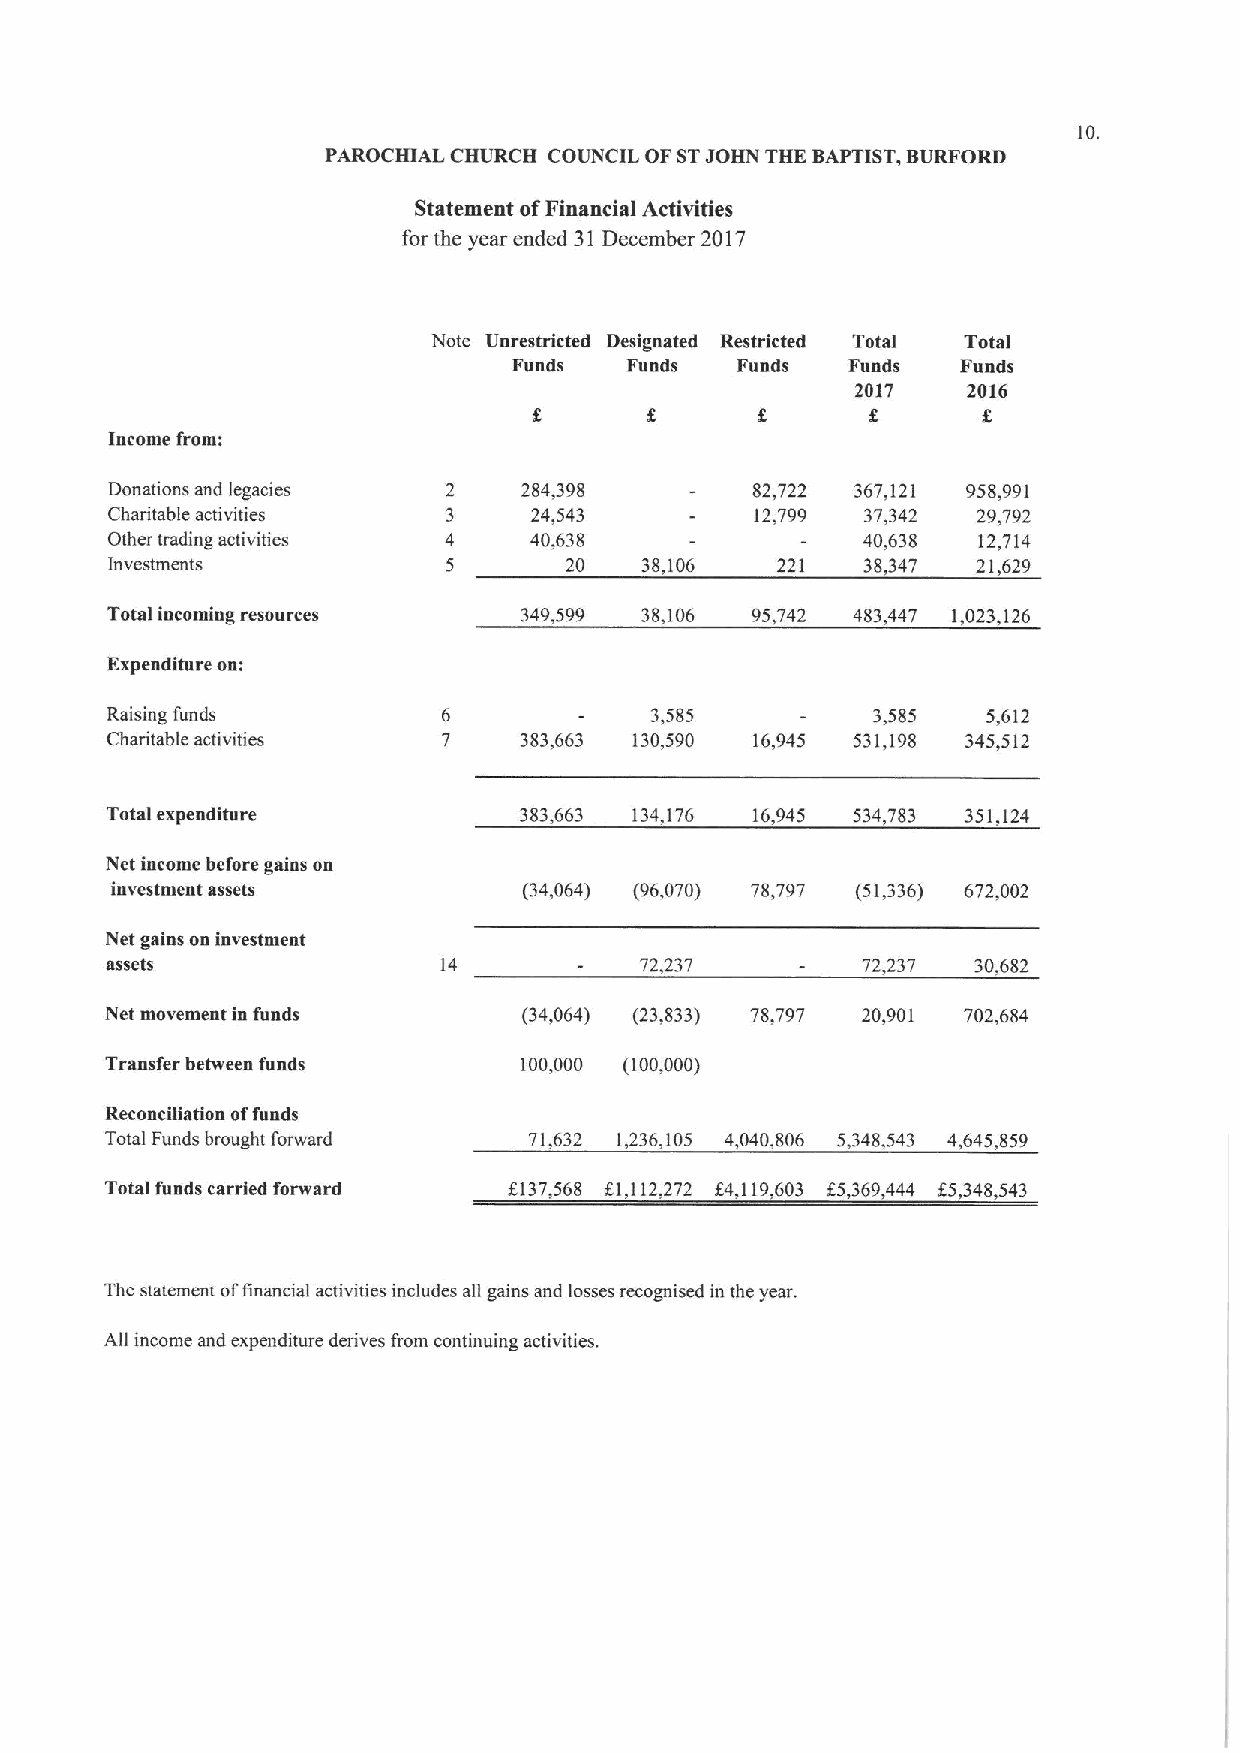
10.
 PAROCHIAL CHURCH COUNCIL OFSTJOHN THE BAPTIST,BURFORD
 Statement ofFinancial Activities
 for the year ended 31December 2017
 Note Unrestricted Designated Restricted Total Total
 Funds  Funds   Funds  Funds   Funds
 2017   2016
 f
 Income from:
 Donations and legacies 2    284,398        82,722 367,121 958,991
 Charitable activities 3     24,543         12,799 37,342  29,792
 Other trading activities 4  40,638                40,638  12,714
 Investments           5       20   38,106   221   38,347  21,629
 Total incoming resources   349,599 38,106  95,742 483,447 1,023,126
 Expenditure on:
 Raising funds         6             3,585          3,585  5,612
 Charitable activities 7    383,663 130,590 16,945 531,198 345,512
 Total expenditure          383,663 134,176 16,945 534,783 351,124
 Net income before gains on
 investment assets           (34,064) (96,070) 78,797 (51,336) 672,002
 Net gains on investment
 assets                14           72,237         72237   30,682
 Net movement in funds       (34,064) (23,833) 78,797 20,901 702,684
 Transfer between funds     100,000 (100,000)
 Reconciliation offunds
 Total Funds brought forward 71,632 1,236,105 4,040,806 5,348,543 4,645,859
 Total funds carried forward f137,568 f1,112,272 f4,119,603 f5,369,444 K5,348543
 The statement ofiinancial activities includes all gains and losses recognised in the year.
 All income and expenditure derives from continuing activities.